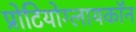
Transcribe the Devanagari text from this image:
प्रोटियोग्लायकॉन